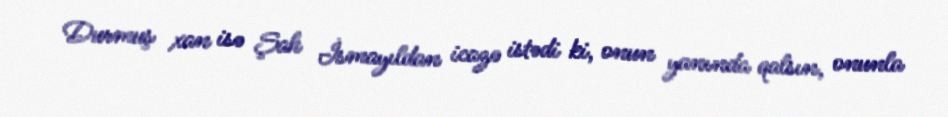
Durmuş xan isə Şah İsmayıldan icazə istədi ki, onun yanında qalsın, onunla